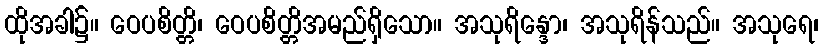
ထိုအခါ၌။ ဝေပစိတ္တိ၊ ဝေပစိတ္တိအမည်ရှိသော။ အသုရိန္ဒော၊ အသုရိန်သည်။ အသုရေ၊